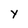
Character: Y